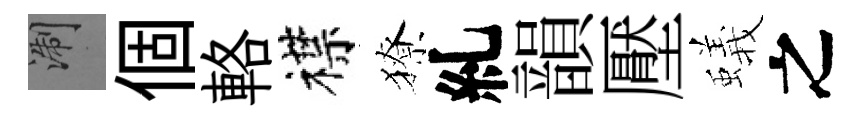
浙個輅襟獠糺韻壓蟻之